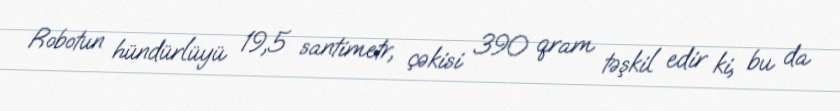
Robotun hündürlüyü 19,5 santimetr, çəkisi 390 qram təşkil edir ki, bu da